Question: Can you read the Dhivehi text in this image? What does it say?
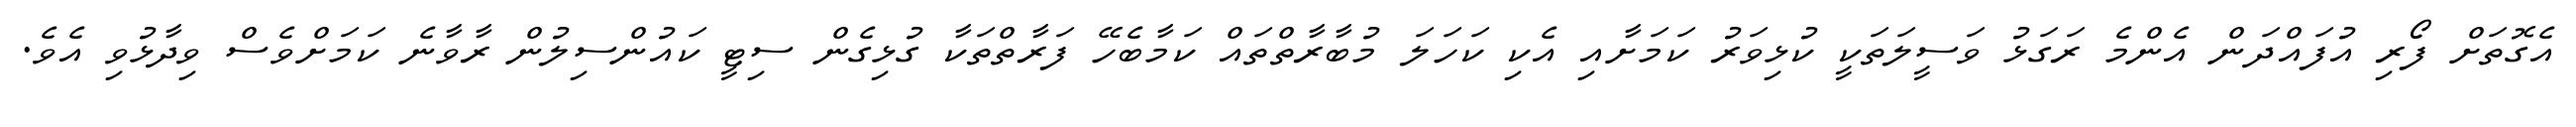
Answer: އެގޮތަށް ފޯރި އުފައްދަން އެންމެ ރަގަޅު ވަސީލަތަކީ ކުޅިވަރު ކަމަށާއި އެކި ކަހަލަ މުބާރާތްތައް ކަމާބެހޭ ފަރާތްތަކާ ގުޅިގެން ސިޓީ ކައުންސިލުން ރާވާނެ ކަމަށްވެސް ވިދާޅުވި އެވެ.